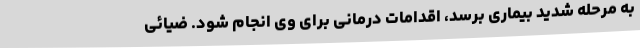
به مرحله شدید بیماری برسد، اقدامات درمانی برای وی انجام شود. ضیائی